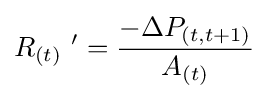
R_{(t)}\ '={\frac {-\Delta P_{(t,t+1)}}{A_{(t)}}}